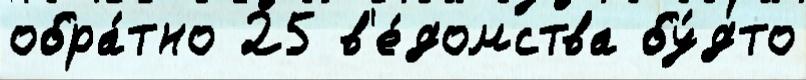
обра́тно 25 в'е́домства бу́дто